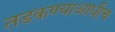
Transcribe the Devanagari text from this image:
तडकण्याआधीच